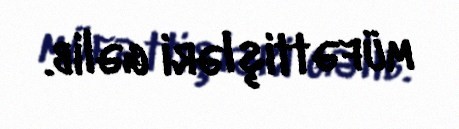
müfəttişləri gəlib.